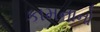
કામનાનો